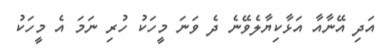
އަދި އޭނާއާ އަޅާކިޔާލެވޭނެ ދެ ވަނަ މީހަކު ހުރި ނަމަ އެ މީހަކު